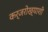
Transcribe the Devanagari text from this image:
कर्जरोख्याशी